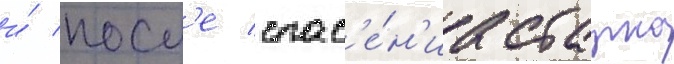
и́ посл'е спас'е́н'иа старка